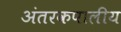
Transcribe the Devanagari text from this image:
अंतरकपालीय